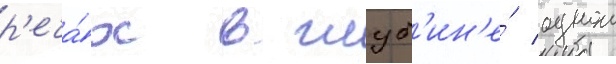
р'еча́х в глуб'ин'е́ однои